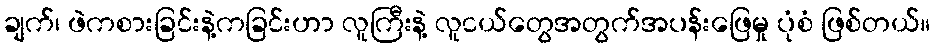
ချက်၊ ဖဲကစားခြင်းနဲ့ကခြင်းဟာ လူကြီးနဲ့ လူငယ်တွေအတွက်အပန်းဖြေမှု ပုံစံ ဖြစ်တယ်။